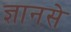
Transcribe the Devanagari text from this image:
ज्ञानसे